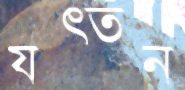
যত্তন